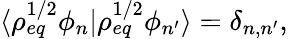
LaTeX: \langle\rho_{eq}^{1/2}\phi_{n}\rvert\rho_{eq}^{1/2}\phi_{n^{\prime}}\rangle=\delta_{n,n^{\prime}},